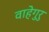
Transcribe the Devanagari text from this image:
वाहेगुरु